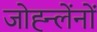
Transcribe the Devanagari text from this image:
जोह्न्लेंनों